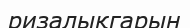
ризалықгарын